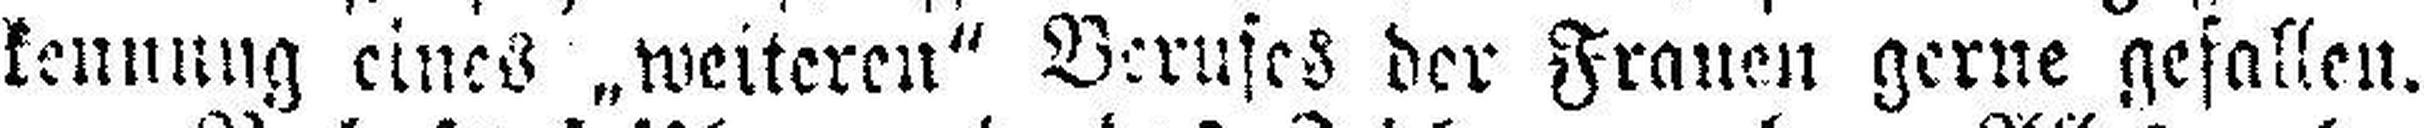
kennung eines „weiteren“ Berufes der Frauen gerne gefallen.